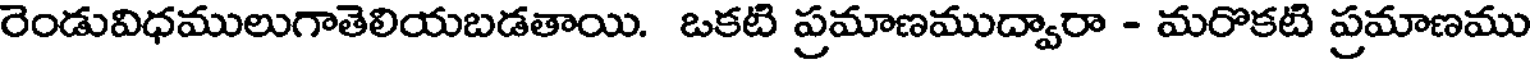
రెండువిధములుగాతెలియబడతాయి. ఒకటి ప్రమాణముద్వారా - మరొకటి ప్రమాణము